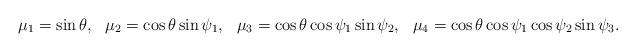
LaTeX: \begin{align*}\mu_1=\sin\theta,\ \ \mu_2=\cos\theta\sin\psi_1,\ \ \mu_3=\cos\theta\cos\psi_1\sin\psi_2,\ \ \mu_4=\cos\theta\cos\psi_1\cos\psi_2\sin\psi_3.\end{align*}